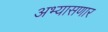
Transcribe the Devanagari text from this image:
अभ्यासणार